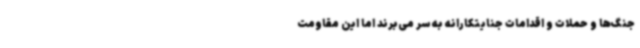
جنگ‌ها و حملات و اقدامات جنایتکارانه به سر می‌برند اما این مقاومت